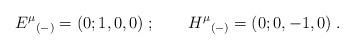
LaTeX: \begin{align*}{E^\mu}_{(-)} = (0;1,0,0) \; ; \qquad{H^\mu}_{(-)} = (0;0,-1,0)\;.\end{align*}